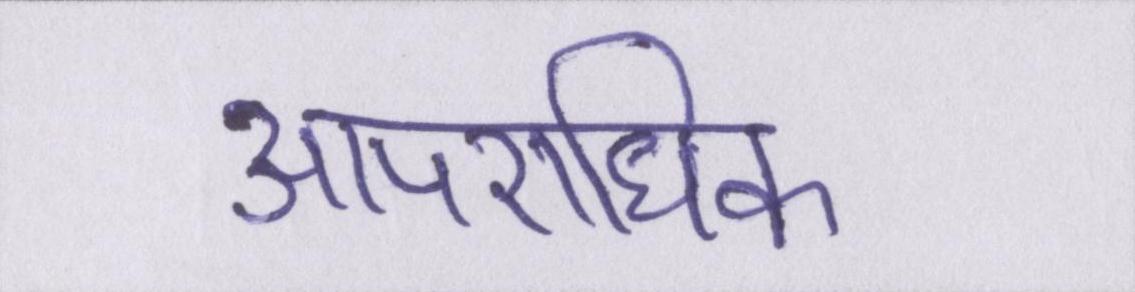
आपराधिक